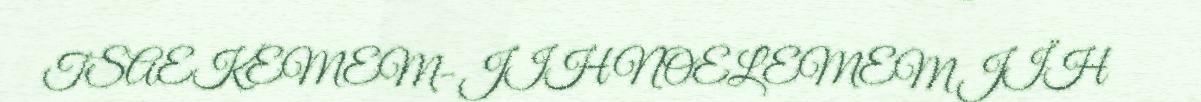
TSAEKEMEM- JIH NOELEMEM JÏH